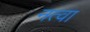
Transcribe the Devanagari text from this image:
नत्वा